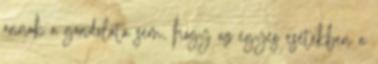
annak a gondolata sem, hogy az egyes esetekben a